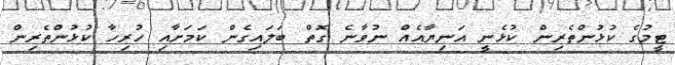
ޓީމުގެ ކުޅުންތެރިން ކުޅެނީ އަނިޔާއެއް ނުވާނެ ގޮތް ބަލައިގެން ކަމަށާއި ހުރިހާ ކުޅުންތެރިން